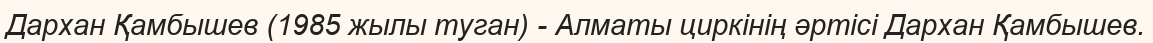
Дархан Қамбышев (1985 жылы туган) - Алматы циркінің әртісі Дархан Қамбышев.